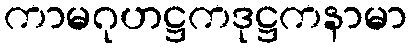
ကာမဂုဟဋ္ဌကဒုဋ္ဌကနာမာ